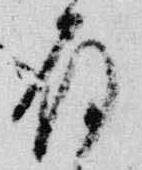
殿